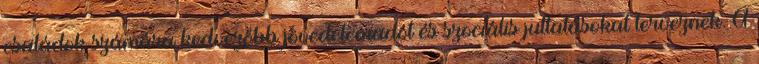
családok számára kedvezőbb jövedelemadót és szociális juttatásokat terveznek. A